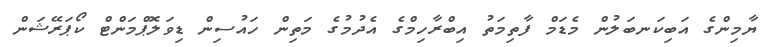
ޔާމިންގެ އަބިކަނބަލުން މެޑަމް ފާތިމަތު އިބްރާހިމްގެ އެދުމުގެ މަތިން ހައުސިން ޑިވަލޮޕްމަންޓް ކޯޕަރޭޝަން